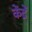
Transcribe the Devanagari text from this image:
केंद्रें